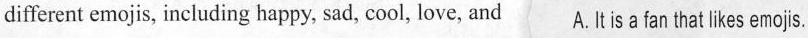
different emojis, including happy, sad, cool, love, and A. Itis a fan that likes emojs.